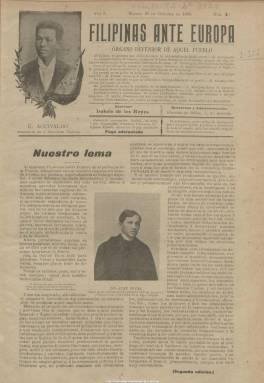
Título: Filipinas ante Europa
Colección: Revistas de información general
Ámbito geográfico: Madrid
Lugar de publicación: Madrid
Fechas: 25/10/1899-10/06/1901

Periódico quincenal que comienza a publicarse en Madrid a partir del 25 de octubre de 1899, tras la ocupación militar de la excolonia española por parte de Estados Unidos, estallar la insurrección independentista y ser proclamada la primera República filipina, presidida por el general Emilio Aguinaldo (1869-1964). Su lema será “Contra Norte-América, no; contra el imperialismo, si, hasta la muerte”. Su director, Isabelo de los Reyes y Florentino (1864-1938), había sido previamente puesto en libertad de su encarcelamiento en el barcelonés castillo de Montjuïc, tras haber sido deportado desde Filipinas acusado de ser dirigente del Consejo Supremo del Katipunan, la sociedad secreta a favor de la independencia y que había encabezado el movimiento rebelde.

Con el subtítulo “órgano defensor” del pueblo de la excolonia española, el periódico será portavoz del Comité Filipino Republicano de Madrid, presidido por Tomás Arejola (1865-1926), del que Isabelo de los Reyes había sido nombrado consejero cronista. En su cabecera aparecerá estampado el retrato del presidente Aguinaldo, y saldrá en entregas de ocho páginas, compuestas a dos columnas, estando totalmente ocupadas por textos relativos a la independencia y la campaña de insurrección, con proclamas, cartas, correspondencia, comentarios a noticias publicadas por otros periódicos, crónicas de la guerra y semblanzas biográficas de prohombres filipinos, empezando con la de José Rizal (1861-1896) y siguiendo con las de Felipe Agoncillo, Marcelo H. del Pilar, Antonio Luna, Dominador Gómez y Faustino Villarruel, entre otros. También informa sobre las actividades de otros comités filipinos en otros países, como es el caso del de Japón. Publica los retratos de los citados personajes así como algunas otras fotografías, y unos pocos anuncios de comercios filipinos.

Además de los textos bajo la rúbrica de Isabelo de los Reyes, aparecen los firmados por Pedro A. Paterno, Lauro Mataás o Zuan Tagálov, entre otros, pero también otros con iniciales o lo que parecen seudónimos. Los textos sin firma eran también redactados por su director.

La circulación del periódico fue prohibida por los norteamericanos en Filipinas, y su director, imputado en Madrid por el fiscal de imprenta a cuatro años de prisión como autor del artículo “Iglesia filipina”. Tras publicar su número 36, correspondiente al diez de junio de 1901, desaparece, probablemente, por los problemas que tuvo Isabelo de los Reyes con la policía gubernativa.

Su labor será continuada por la revista mensual El defensor de Filipinas, con el subtítulo “órgano libre de los filipinos, expresamente escrito para que los norte-americanos permitan su circulación y para no comprometer a nuestros favorecedores”, que, impresa en Madrid, llega a publicar cuatro entregas desde el uno de julio al uno de octubre de 1901. A su vez, Manuel Artigas y Cueva también había publicado en Barcelona el quincenal El filipino, bajo el lema “patria, unidad y libertad”, a partir del uno de noviembre de 1899, en números de cuatro páginas y compuesto a tres columnas.

Isabelo de los Reyes regresa a Manila en 1901, donde funda la Unión Obrera Democrática (UOD), el primer sindicato del país, y editará La redención del obrero (1903-1904), como órgano del mismo (véase este título en esta hemeroteca digital), llegando a ser aclamado como el introductor del marxismo en Filipinas y “padre” de los obreros y del socialismo en este país, además de participar en la fundación de la Iglesia católica filipina independiente (Aglipayan). Fue también conocido como Don Belong.